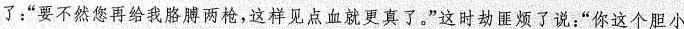
了；“要不然您再给我胳膊两枪，这样见点血就更真了。”这时劫匪烦了说：”你这个胆小